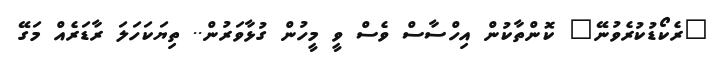
"ރެކޯޑުކުރެވުނޭ" ކޮންތާކުން އިހްސާސް ވެސް ވީ މީހުން ގުޅާވަރުން.. ތިޔަކަހަލަ ރާޑަރެއް މަގޭ